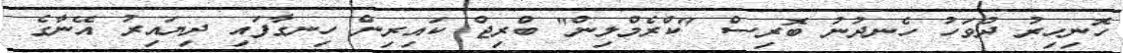
ހޮނިހިރު ދުވަހު ހެނދުނު ބޮރިސް "ކްރެމްލިން" ބްރިޖް ކައިރިން ހިނގާފައި ދިޔައިރު އޭނާގެ